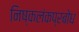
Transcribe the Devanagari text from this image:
निष्कलंकप्रबोध